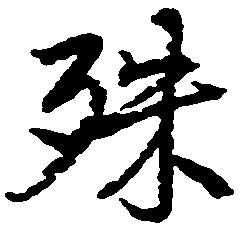
殊